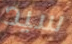
سيد